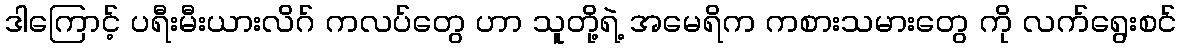
ဒါကြောင့် ပရီးမီးယားလိဂ် ကလပ်တွေ ဟာ သူတို့ရဲ့ အမေရိက ကစားသမားတွေ ကို လက်ရွေးစင်